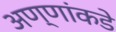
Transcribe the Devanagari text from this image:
अण्णांकडे